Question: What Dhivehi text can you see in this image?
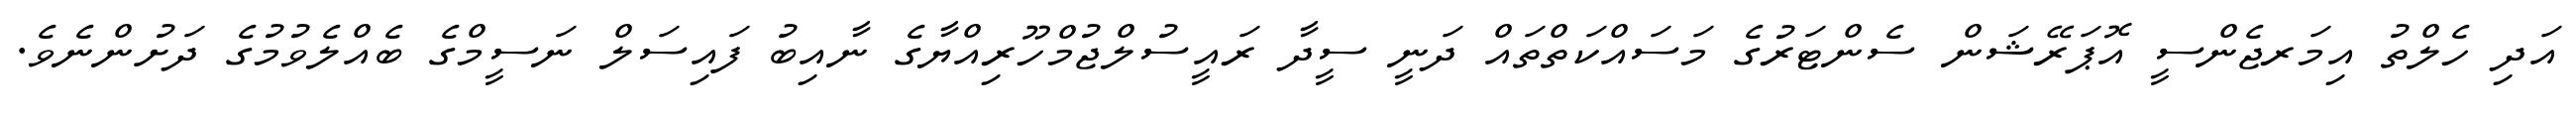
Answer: އަދި ހެލްތު އިމަރޖެންސީ އޮޕަރޭޝަން ސެންޓަރުގެ މަސައްކަތްތައް ދަނީ ސީދާ ރައީސުލްޖުމްހޫރިއްޔާގެ ނާއިބު ފައިސަލް ނަސީމްގެ ބެއްލެވުމުގެ ދަށުންނެވެ.